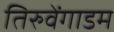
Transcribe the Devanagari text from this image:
तिरुवेंगाडम